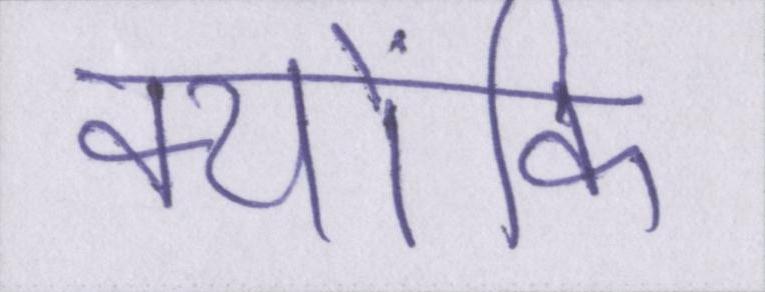
क्योंकि